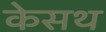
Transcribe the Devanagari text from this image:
केसथ